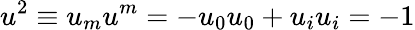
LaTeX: u^{2}\equiv u_{m}u^{m}=-u_{0}u_{0}+u_{i}u_{i}=-1